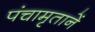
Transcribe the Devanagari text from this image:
पंचामृतानें